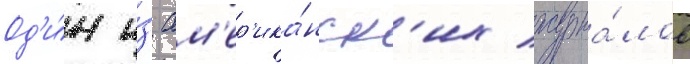
Од'и́н и́з ам'ер'ика́нск'их журна́лов